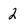
Character: 2